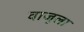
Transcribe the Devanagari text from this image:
वाजूला